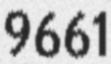
9661